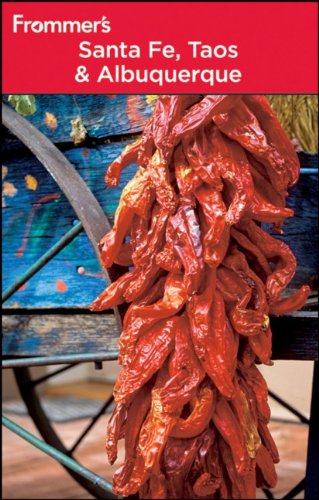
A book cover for Frommer's Santa Fe, Taos and Albuquerque (Frommer's Complete Guides); Lesley S. King; Travel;